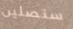
ستصلين